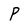
Character: P